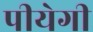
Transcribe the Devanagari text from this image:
पीयेगी